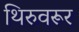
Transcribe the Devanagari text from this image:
थिरुवरूर